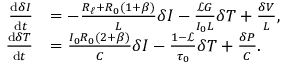
\begin{array} { r l } { \frac { \mathrm { d } \delta I } { \mathrm { d } t } } & { = - \frac { R _ { \ell } + R _ { 0 } ( 1 + \beta ) } { L } \delta I - \frac { \mathscr { L } G } { I _ { 0 } L } \delta T + \frac { \delta V } { L } , } \\ { \frac { \mathrm { d } \delta T } { \mathrm { d } t } } & { = \frac { I _ { 0 } R _ { 0 } ( 2 + \beta ) } { C } \delta I - \frac { 1 - \mathscr { L } } { \tau _ { 0 } } \delta T + \frac { \delta P } { C } . } \end{array}